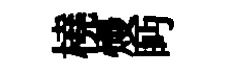
橈熳眄